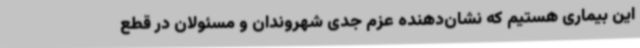
این بیماری هستیم که نشان‌دهنده عزم جدی شهروندان و مسئولان در قطع